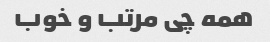
همه چی مرتب و خوب